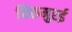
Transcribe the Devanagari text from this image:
थिरुमुरई